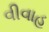
વીવાહ